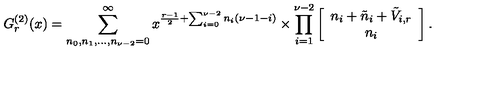
G _ { r } ^ { ( 2 ) } ( x ) = \sum _ { n _ { 0 } , n _ { 1 } , \ldots , n _ { \nu - 2 } = 0 } ^ { \infty } x ^ { \frac { r - 1 } { 2 } + \sum _ { i = 0 } ^ { \nu - 2 } n _ { i } ( \nu - 1 - i ) } \times \prod _ { i = 1 } ^ { \nu - 2 } \left[ \begin{array} { c } { n _ { i } + \tilde { n } _ { i } + \tilde { V } _ { i , r } } \\ { n _ { i } } \\ \end{array} \right] .